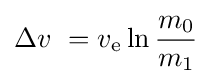
\Delta v\ =v_{\mathrm {e} }\ln {\frac {m_{0}}{m_{1}}}